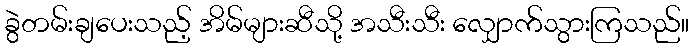
ခွဲတမ်းချပေးသည့် အိမ်များဆီသို့ အသီးသီး လျှောက်သွားကြသည်။